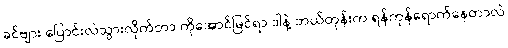
ခင်ဗျား ပြောင်းလဲသွားလိုက်တာ ကိုအောင်မြင်ရာ ဒါနဲ့ ဘယ်တုန်းက ရန်ကုန်ရောက်နေတာလဲ